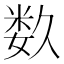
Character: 𥹰